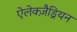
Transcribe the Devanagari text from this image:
ऐलेक्ज़ैड्रियन